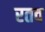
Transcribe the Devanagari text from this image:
रतव